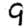
Digit: 9